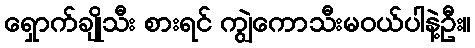
ရှောက်ချိုသီး စားရင် ကျွဲကောသီးမဝယ်ပါနဲ့ဦး။